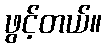
ဖွင့်တယ်။